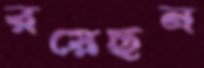
রয়েছন